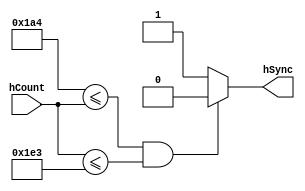
`timescale 1ns / 1ps

module hSyncGen(
    input [9:0] hCount,
    output reg hSync = 1'b0
    );
    always @(hCount) begin
        if(10'b01_1010_0100 <= hCount && hCount <= 10'b01_1110_0011)
            hSync <= 1'b0;
        else
            hSync <= 1'b1;
    end
endmodule